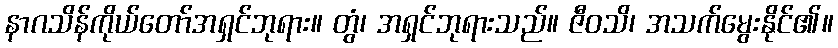
နာဂသိန်ကိုယ်တော်အရှင်ဘုရား။ တွံ၊ အရှင်ဘုရားသည်။ ဇီဝသိ၊ အသက်မွေးနိုင်၏။